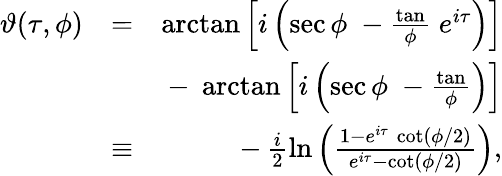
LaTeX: \begin{array}{rlr}{\vartheta(\tau,\phi)}&{=}&{\arctan\left[i\left(\sec\phi\; -\frac\tan\phi\; e^{i\tau}\right)\right]}\\ &{}&{-\; \arctan\left[i\left(\sec\phi\; -\frac\tan\phi\right)\right]}\\ &{\equiv}&{-\, \frac{i}{2}\ln\left(\frac{1-e^{i\tau}\, \cot(\phi/2)}{e^{i\tau}-\cot(\phi/2)}\right),}\end{array}